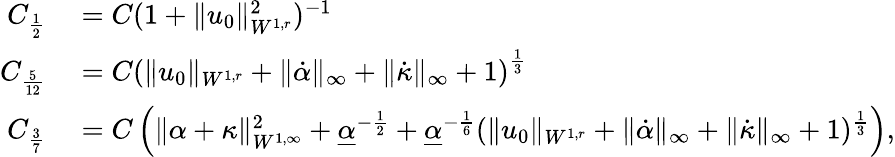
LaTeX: \begin{array}{rl}{C_{\frac{1}{2}}}&{{}=C(1+\| u_{0}\| _{W^{1,r}}^{2})^{-1}}\\ {C_{\frac{5}{12}}}&{{}=C\left(\| u_{0}\| _{W^{1,r}}+\| \dot{\alpha}\| _{\infty}+\| \dot{\kappa}\| _{\infty}+1\right)^{\frac{1}{3}}}\\ {C_{\frac{3}{7}}}&{{}=C\left(\| \alpha+\kappa\| _{W^{1,\infty}}^{2}+\underline{{\alpha}}^{-\frac{1}{2}}+\underline{{\alpha}}^{-\frac{1}{6}}(\| u_{0}\| _{W^{1,r}}+\| \dot{\alpha}\| _{\infty}+\| \dot{\kappa}\| _{\infty}+1)^{\frac{1}{3}}\right),}\end{array}